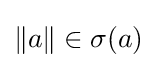
\left\|a\right\|\in \sigma (a)